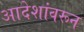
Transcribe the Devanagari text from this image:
आदेशांवरून